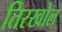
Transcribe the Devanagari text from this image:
तिरखोल